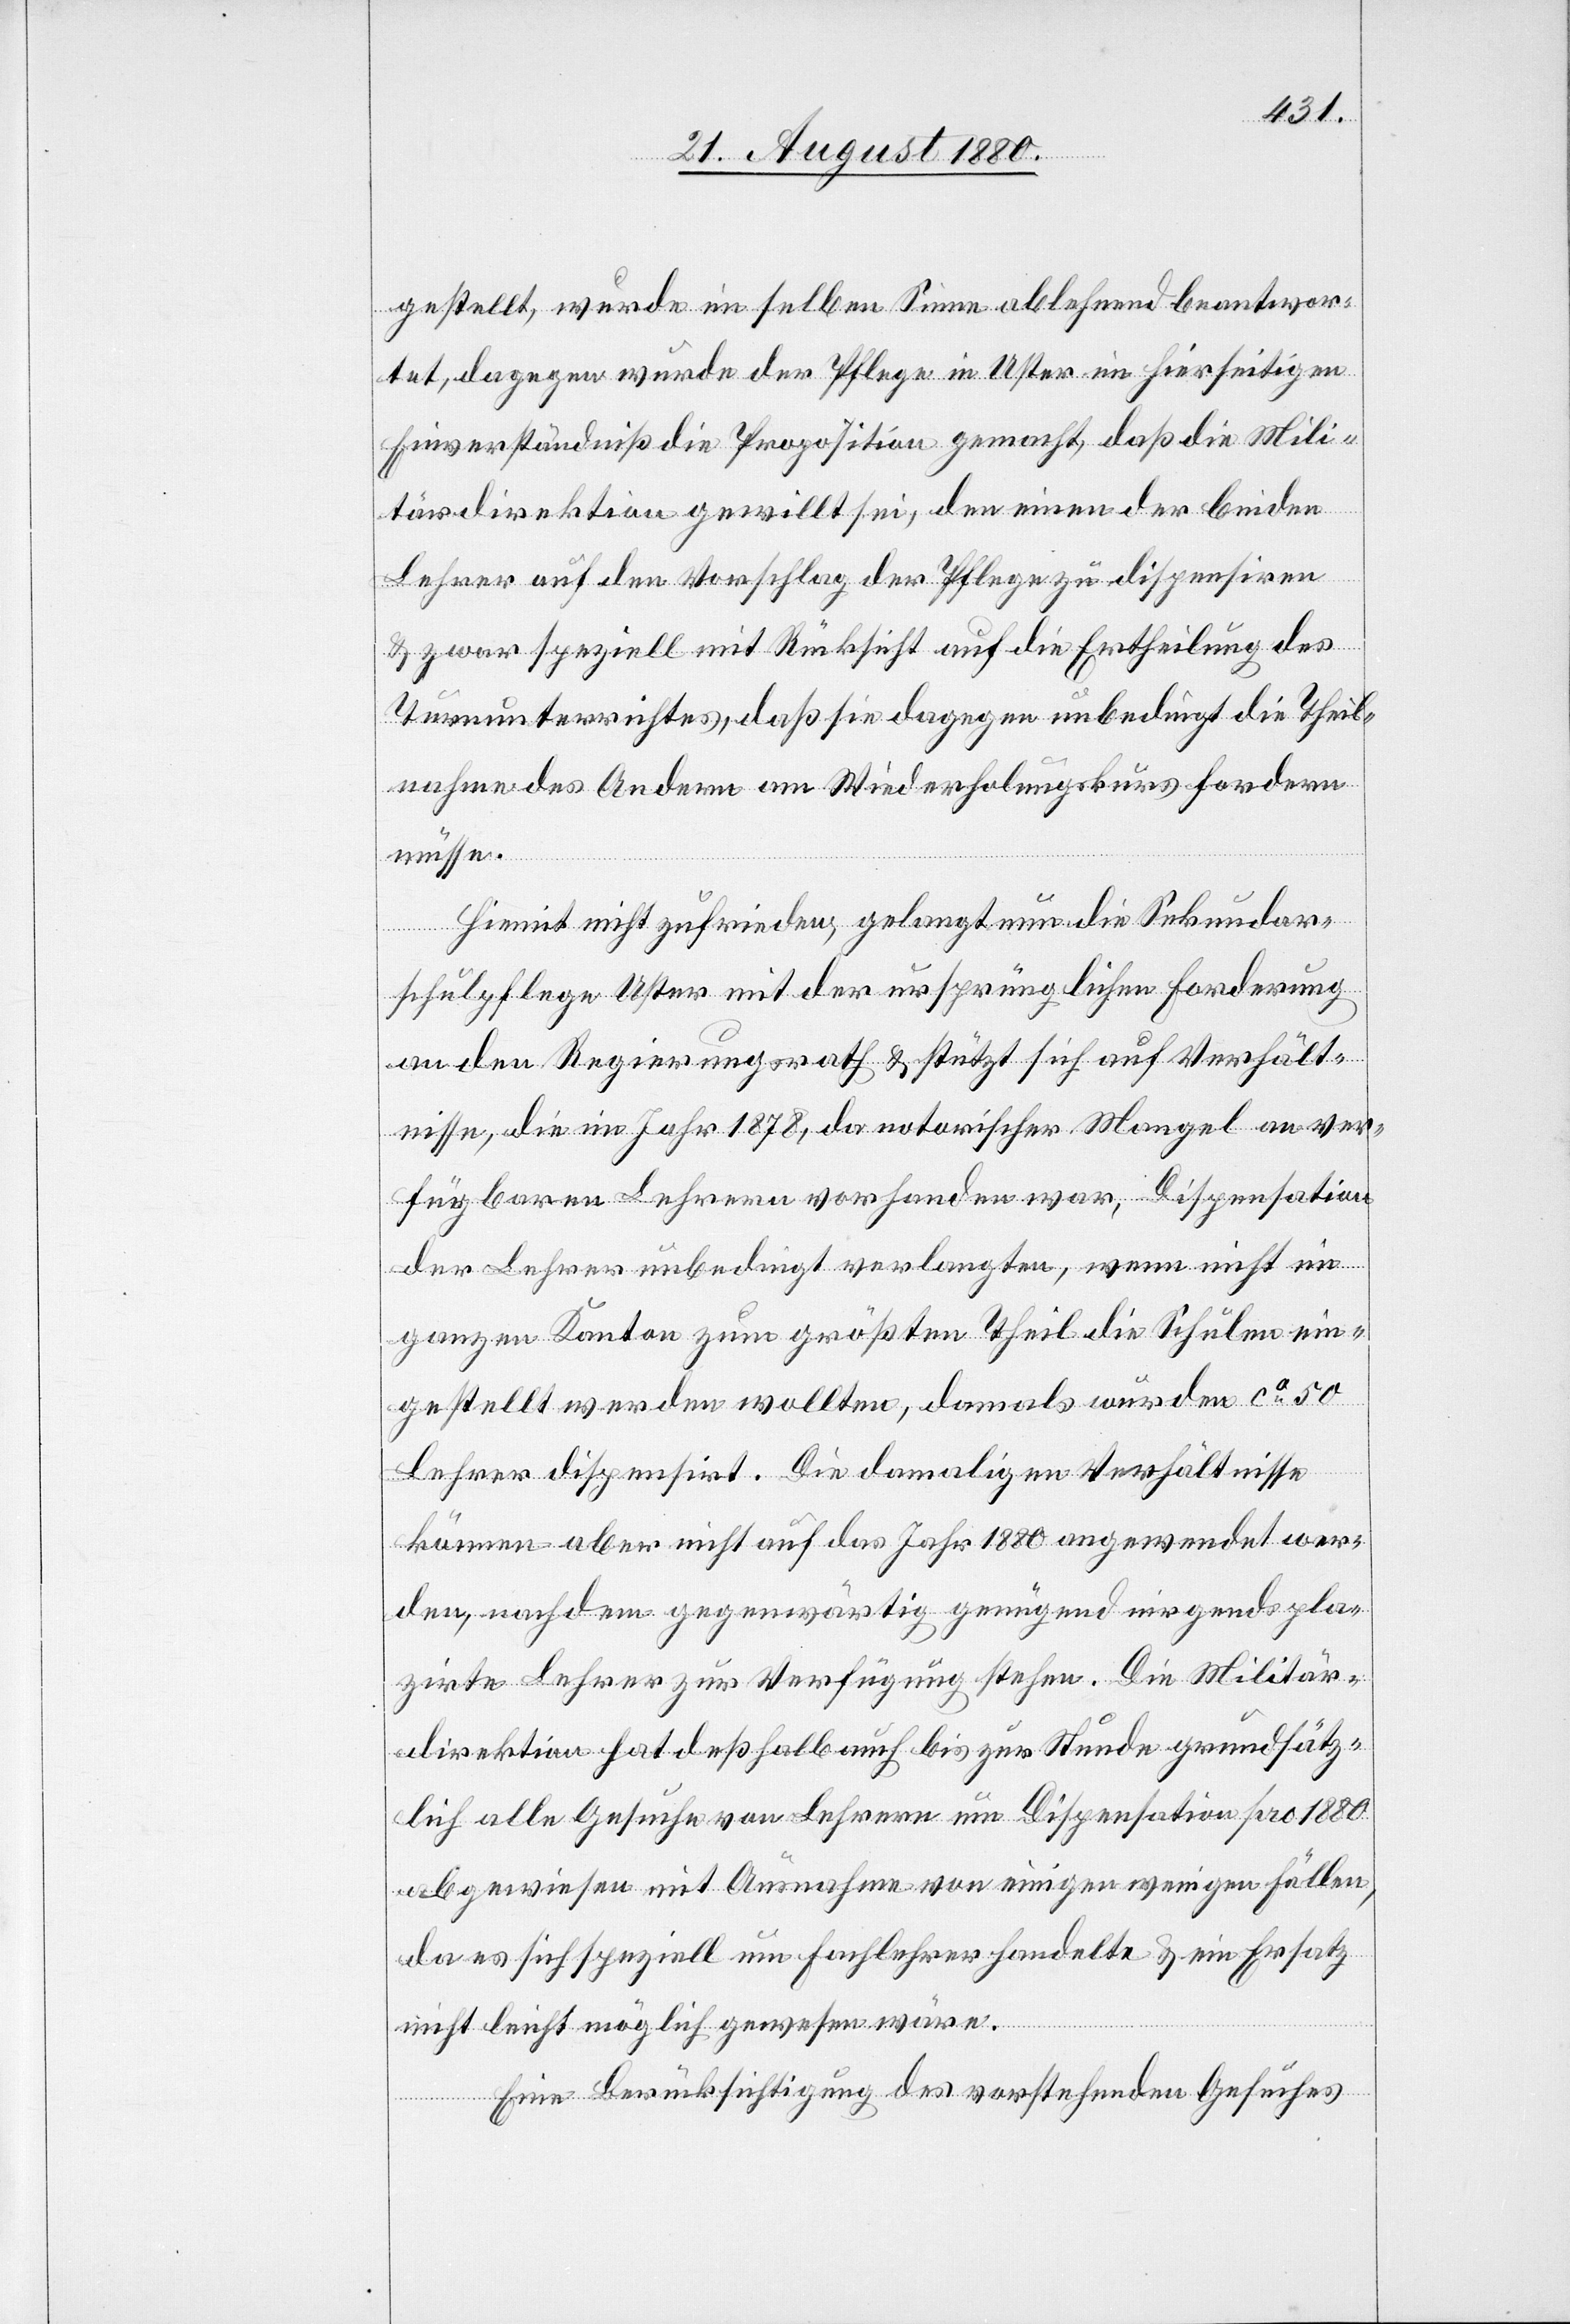
gestellt, wurde im selben Sinne ablehnend beantwor¬
tet, dagegen wurde der Pflege in Uster im hierseitigen
Einverständniß die Proposition gemacht, daß die Mili¬
tärdirektion gewillt sei, den einen der beiden
Lehrer auf den Vorschlag der Pflege zu dispensiren
& zwar speziell mit Rücksicht auf die Ertheilung des
Turnunterrichtes, daß sie dagegen unbedingt die Theil¬
nahme des Andern am Widerholungskurs fordern
müsse.
Hiermit nicht zufrieden, gelangt nun die Sekundar¬
schulpflege Uster mit der ursprünglichen Forderung
an den Regierungsrath & stützt sich auf Verhält¬
nisse, die im Jahr 1878, da notorischer Mangel an ver¬
fügbaren Lehrer vorhanden war, Dispensation
der Lehrer unbedingt verlangten, wenn nicht im
ganzen Kanton zum größten Theil die Schulen ein¬
gestellt werden wollten, damals wurden ca 50
Lehrer dispensirt. Die damaligen Verhältnisse
können aber nicht auf das Jahr 1880 angewendet wer¬
den, nachdem gegenwärtig genügend nirgends pla¬
zirte Lehrer zur Verfügung stehen. Die Militär¬
direktion hat deßhalb auch bis zur Stunde grundsätz¬
lich alle Gesuche von Lehrern um Dispensation pro 1880
abgewiesen mit Ausnahme von einigen wenigen Fällen,
da es sich speziell um Fachlehrer handelte & ein Ersatz
nicht leicht möglich gewesen wäre.
Eine Berücksichtigung des vorstehenden Gesuches